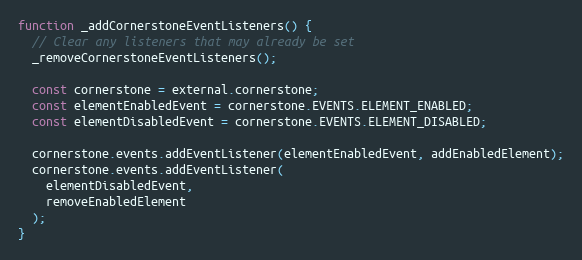
Language: JavaScript
function _addCornerstoneEventListeners() {
  // Clear any listeners that may already be set
  _removeCornerstoneEventListeners();

  const cornerstone = external.cornerstone;
  const elementEnabledEvent = cornerstone.EVENTS.ELEMENT_ENABLED;
  const elementDisabledEvent = cornerstone.EVENTS.ELEMENT_DISABLED;

  cornerstone.events.addEventListener(elementEnabledEvent, addEnabledElement);
  cornerstone.events.addEventListener(
    elementDisabledEvent,
    removeEnabledElement
  );
}